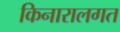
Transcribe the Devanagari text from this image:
किनारालगत